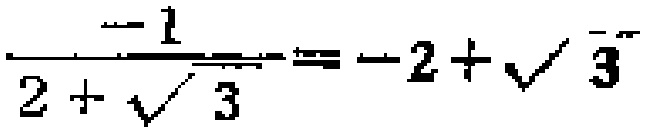
$\frac{-1}{2 + \sqrt{3}}=-2+\sqrt{3}$